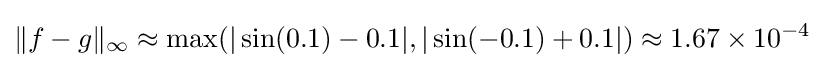
\|f-g\|_{\infty }\approx \max(|\sin(0.1)-0.1|,|\sin(-0.1)+0.1|)\approx 1.67\times 10^{-4}